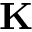
{ \bf K }